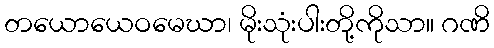
တယောယေဝမေဃာ၊ မိုးသုံးပါးတို့ကိုသာ။ ဂဏိ